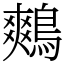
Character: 鷞